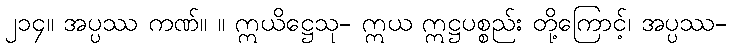
၂၁၄။ အပ္ပဿ ကဏ်။ ။ ဣယိဋ္ဌေသု- ဣယ ဣဋ္ဌပစ္စည်း တို့ကြောင့်၊ အပ္ပဿ-